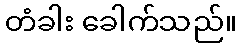
တံခါး ခေါက်သည်။